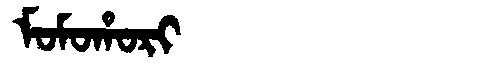
Manchu: ᠮᠣᠮᠣᡥᠣᡵᡳ
Romanization: MOMOHORI